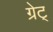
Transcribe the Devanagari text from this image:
ग्रेट्